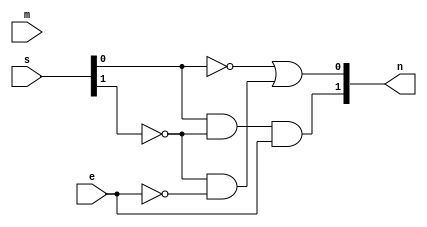
module executor
(
	input [1:0] s,
	input e,
	input m,
	output [1:0] n
);
	assign n[1] = s[0] & ~s[1] & e; // | ~s[0] & s[1] & m;
	assign n[0] = ~s[0] | ~s[1] & ~e; //~(s[0] & ~s[1] & e);

endmodule